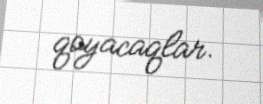
qoyacaqlar.